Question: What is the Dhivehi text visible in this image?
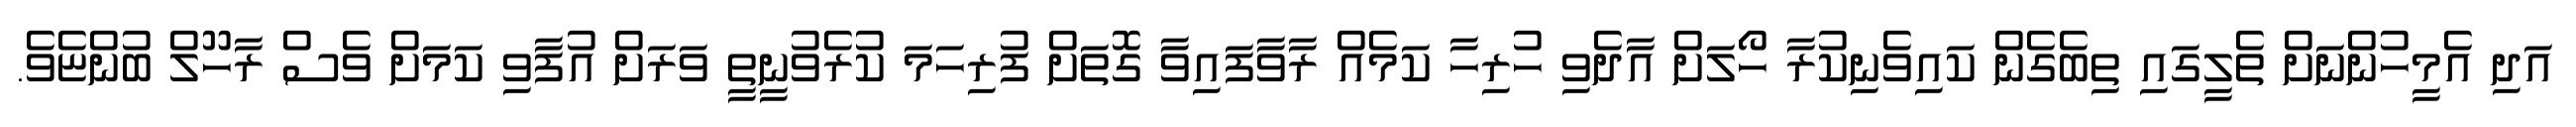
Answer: އަދި އެމީހުންނަށް ތެލީގައި ތިބެގެން ކައިވެނިކުރާ ހޯލަށް އާދެވި ހުރިހާ ކަމެއް ރާވާފައިވާ ގޮތަށް ފުރިހަމަ ކުރެވުނީތީ ވަރަށް އުފާވި ކަމަށް ވެސް ރާހޫލް ބުންޏެވެ.